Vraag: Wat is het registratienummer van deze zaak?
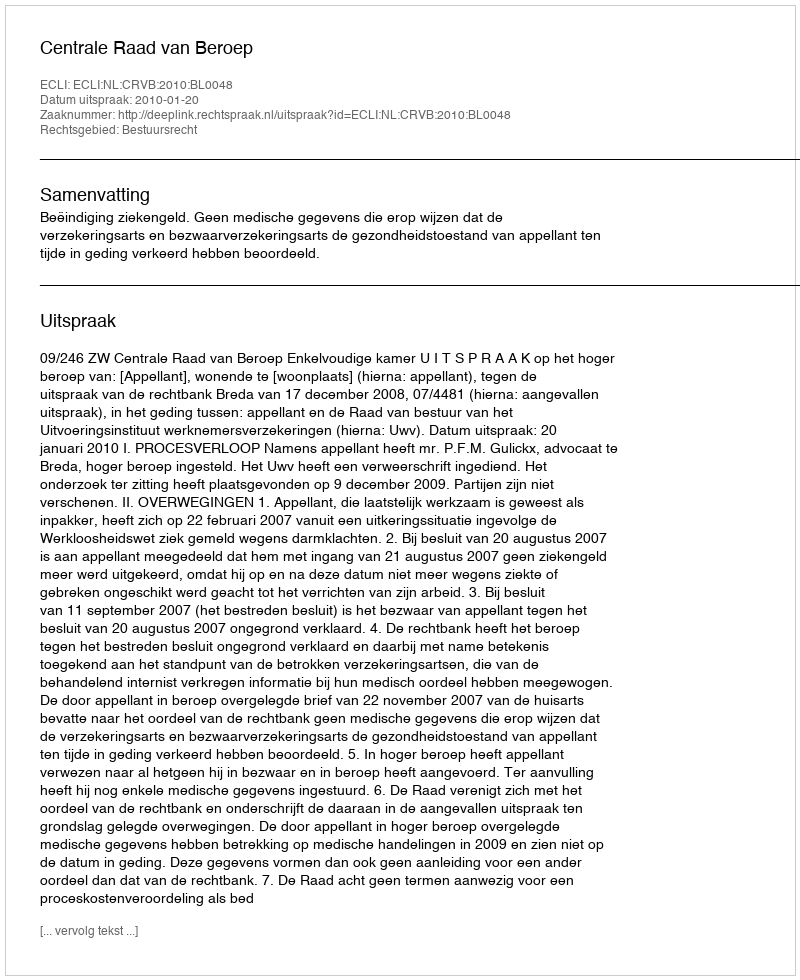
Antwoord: http://deeplink.rechtspraak.nl/uitspraak?id=ECLI:NL:CRVB:2010:BL0048